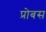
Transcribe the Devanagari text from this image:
प्रोबस